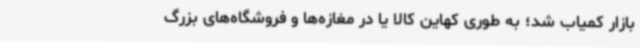
بازار کمیاب شد؛ به طوری کهاین کالا یا در مغازه‌ها و فروشگاه‌های بزرگ